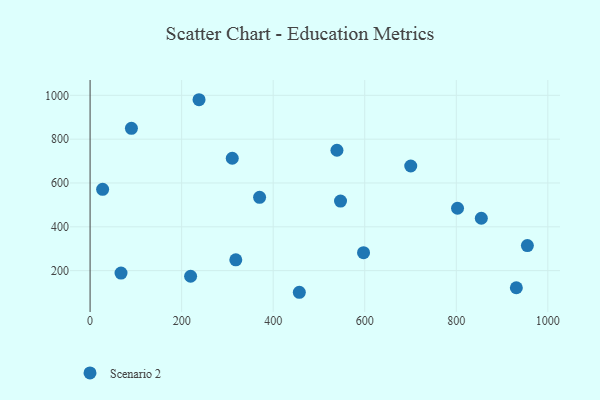
{"axis": {"x": "Investment", "y": "Demand"}, "legend": ["Scenario 2"], "data": [{"x": "67.6", "y": 188.9, "type": "Scenario 2"}, {"x": "238.0", "y": 980.0, "type": "Scenario 2"}, {"x": "931.2", "y": 121.9, "type": "Scenario 2"}, {"x": "597.4", "y": 281.8, "type": "Scenario 2"}, {"x": "854.7", "y": 439.2, "type": "Scenario 2"}, {"x": "802.7", "y": 484.7, "type": "Scenario 2"}, {"x": "539.3", "y": 749.4, "type": "Scenario 2"}, {"x": "310.6", "y": 713.0, "type": "Scenario 2"}, {"x": "547.1", "y": 517.3, "type": "Scenario 2"}, {"x": "90.3", "y": 849.3, "type": "Scenario 2"}, {"x": "700.5", "y": 677.6, "type": "Scenario 2"}, {"x": "318.3", "y": 249.4, "type": "Scenario 2"}, {"x": "955.3", "y": 314.5, "type": "Scenario 2"}, {"x": "27.4", "y": 571.2, "type": "Scenario 2"}, {"x": "219.6", "y": 174.4, "type": "Scenario 2"}, {"x": "370.3", "y": 534.6, "type": "Scenario 2"}, {"x": "457.1", "y": 101.3, "type": "Scenario 2"}]}